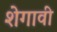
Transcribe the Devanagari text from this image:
शेगावी